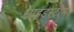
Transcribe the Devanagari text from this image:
साइडस्ट्रीम